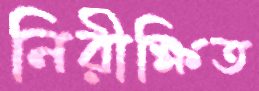
নিরীক্ষিত